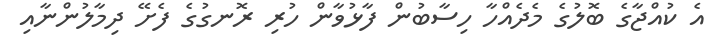
އެ ކުއްޖާގެ ބޮލުގެ މެދެއްހާ ހިސާބުން ފާޅުވާން ހުރި ރޮނގުގެ ފެށޭ ދިމާލުންނާއި